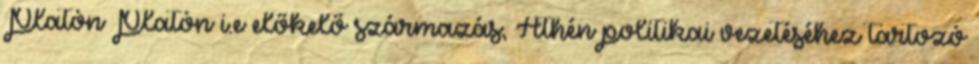
Platón Platón i.e előkelő származás, Athén politikai vezetéséhez tartozó